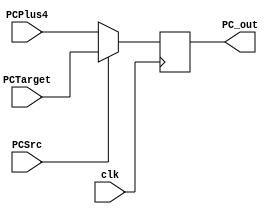
module PC
(
	input clk, PCSrc, 
	input [31 : 0] PCTarget, PCPlus4,
	output reg [31 : 0] PC_out
);

always @(posedge clk)
	PC_out <= PCSrc ? PCTarget : PCPlus4;

endmodule